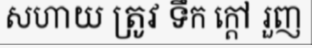
សហាយ ត្រូវ ទឹក ក្តៅ រួញ